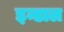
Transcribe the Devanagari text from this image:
इन्डाल